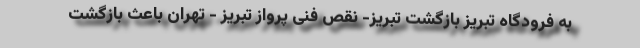
به فرودگاه تبریز بازگشت تبریز- نقص فنی پرواز تبریز - تهران باعث بازگشت